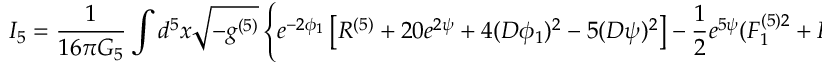
I _ { 5 } = \frac { 1 } { 1 6 \pi G _ { 5 } } \int d ^ { 5 } x \sqrt { - g ^ { ( 5 ) } } \left\{ e ^ { - 2 \phi _ { 1 } } \left[ R ^ { ( 5 ) } + 2 0 e ^ { 2 \psi } + 4 ( D \phi _ { 1 } ) ^ { 2 } - 5 ( D \psi ) ^ { 2 } \right] - \frac { 1 } { 2 } e ^ { 5 \psi } ( F _ { 1 } ^ { ( 5 ) 2 } + F _ { 2 } ^ { ( 5 ) 2 } ) \right\}